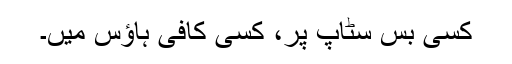
کسی بس سٹاپ پر، کسی کافی ہاؤس میں۔